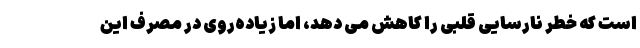
است که خطر نارسایی قلبی را کاهش می دهد، اما زیاده‌روی در مصرف این